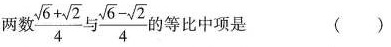
两数 \frac{ \sqrt{6}+ \sqrt{2}}{4}与 \frac{ \sqrt{6}- \sqrt{2}}{4}的等比中项是 ()